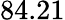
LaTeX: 84.21